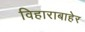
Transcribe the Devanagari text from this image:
विहाराबाहेर